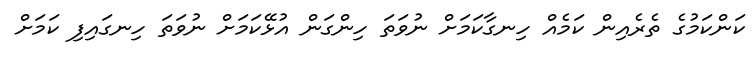
ކަންކަމުގެ ތެރެއިން ކަމެއް ހިނގާކަމަށް ނުވަތަ ހިންގަން އުޅޭކަމަށް ނުވަތަ ހިނގައިފި ކަމަށް